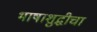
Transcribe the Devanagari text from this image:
भाषाशुद्धीचा